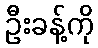
ဦးခန့်ကို